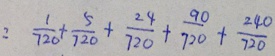
: \frac { 1 } { 7 2 0 } + \frac { 5 } { 7 2 0 } + \frac { 2 4 } { 7 2 0 } + \frac { 9 0 } { 7 2 0 } + \frac { 2 4 0 } { 7 2 0 }